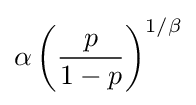
\alpha \left({\frac {p}{1-p}}\right)^{1/\beta }